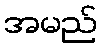
အမည်